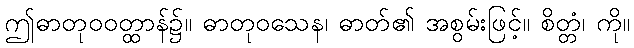
ဤဓာတုဝဝတ္ထာန်၌။ ဓာတုဝသေန၊ ဓာတ်၏ အစွမ်းဖြင့်။ စိတ္တံ၊ ကို။